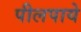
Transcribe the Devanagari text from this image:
पीलपाये